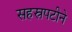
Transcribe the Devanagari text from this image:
सहस्रपटीने